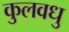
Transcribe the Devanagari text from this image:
कुलवधु